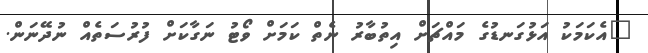
"އެކަމަކު އަޅުގަނޑުގެ މައްޗަށް އިތުބާރު ނެތް ކަމަށް ވޯޓު ނަގާކަށް ފުރުސަތެއް ނުދޭނަން.